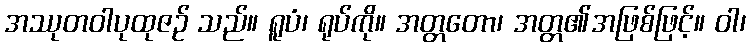
အဿုတဝါပုထုဇဉ် သည်။ ရူပံ၊ ရုပ်ကို။ အတ္တတော၊ အတ္တ၏အဖြစ်ဖြင့်။ ဝါ၊